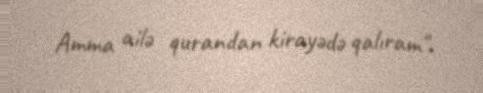
Amma ailə qurandan kirayədə qalıram".